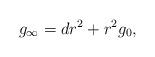
LaTeX: \begin{align*}g_\infty=dr^2+r^2 g_0,\end{align*}